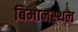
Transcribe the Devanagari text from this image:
बिमानस्थल